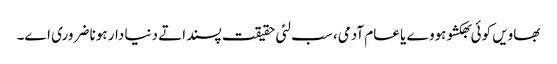
بھاویں کوئی بھکشو ہووے یا عام آدمی، سب لئی حقیقت پسند اتے دنیا دار ہونا ضروری اے۔